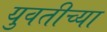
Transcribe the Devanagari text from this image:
युवतीच्या